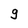
Character: g